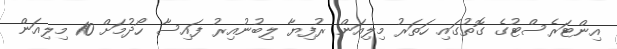
އިންޓަރެސްޓުގެ ގޮތުގައި ހަތަރު މިލިއަން ރުފިޔާ ލިބުނުއިރު ފައިސާ ހޯދުމަށް 10 މިލިއަން